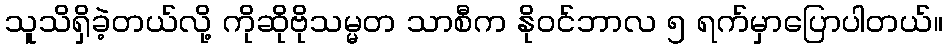
သူသိရှိခဲ့တယ်လို့ ကိုဆိုဗိုသမ္မတ သာစီက နိုဝင်ဘာလ ၅ ရက်မှာပြောပါတယ်။